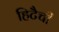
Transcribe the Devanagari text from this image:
हिटैची